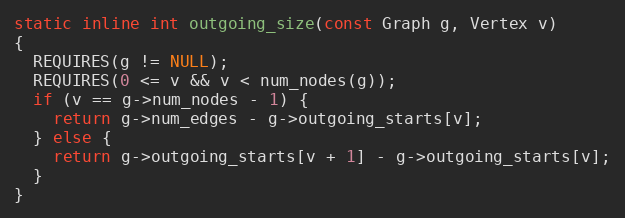
Language: C
static inline int outgoing_size(const Graph g, Vertex v)
{
  REQUIRES(g != NULL);
  REQUIRES(0 <= v && v < num_nodes(g));
  if (v == g->num_nodes - 1) {
    return g->num_edges - g->outgoing_starts[v];
  } else {
    return g->outgoing_starts[v + 1] - g->outgoing_starts[v];
  }
}